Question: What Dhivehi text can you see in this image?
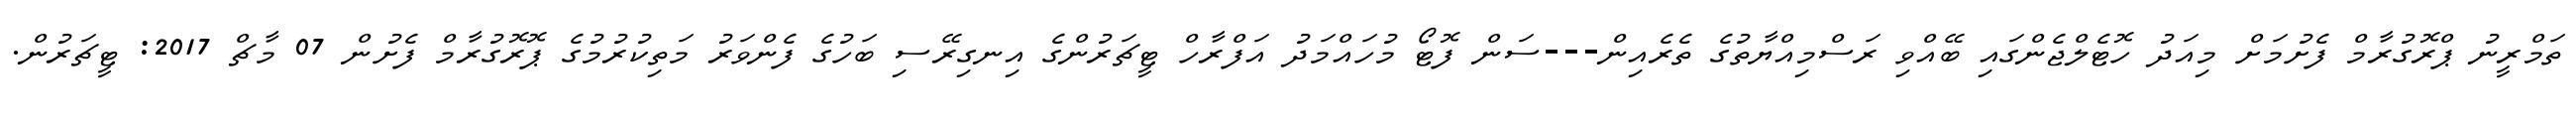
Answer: ތަމްރީނު ޕްރޮގުރާމް ފެށުމަށް މިއަދު ހޮޓެލްޖެންގައި ބޭއްވި ރަސްމިއްޔާތުގެ ތެރެއިން---ސަން ފޮޓޯ މުހައްމަދު އަފްރާހް ޓީޗަރުންގެ އިނގިރޭސި ބަހުގެ ފެންވަރު މަތިކުރުމުގެ ޕޮރޮގުރާމް ފެށުން 07 މާޗް 2017: ޓީޗަރުން.